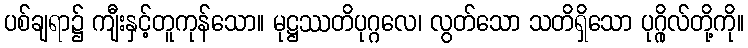
ပစ်ချရာ၌ ကျီးနှင့်တူကုန်သော။ မုဋ္ဌဿတိပုဂ္ဂလေ၊ လွတ်သော သတိရှိသော ပုဂ္ဂိုလ်တို့ကို။